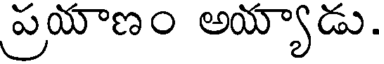
ప్రయాణం అయ్యాడు.